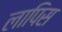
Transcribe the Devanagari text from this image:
लापिस